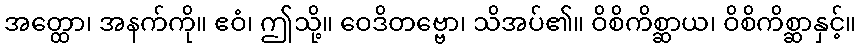
အတ္ထော၊ အနက်ကို။ ဧဝံ၊ ဤသို့။ ဝေဒိတဗ္ဗော၊ သိအပ်၏။ ဝိစိကိစ္ဆာယ၊ ဝိစိကိစ္ဆာနှင့်။